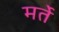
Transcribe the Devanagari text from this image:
मर्ते